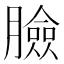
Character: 臉